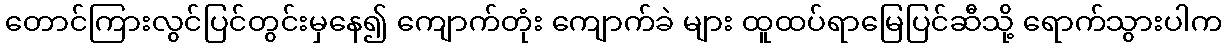
တောင်ကြားလွင်ပြင်တွင်းမှနေ၍ ကျောက်တုံး ကျောက်ခဲ များ ထူထပ်ရာမြေပြင်ဆီသို့ ရောက်သွားပါက